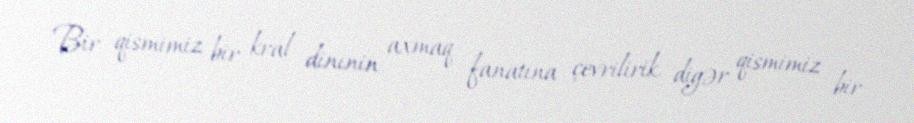
Bir qismimiz bir kral dininin axmaq fanatına çevrilirik, digər qismimiz bir